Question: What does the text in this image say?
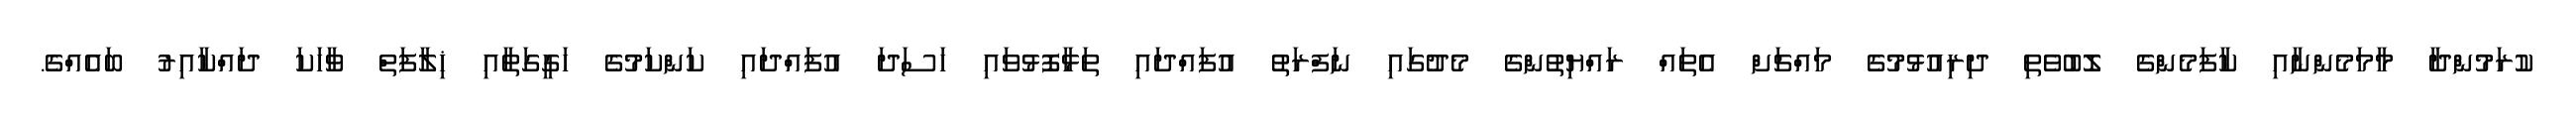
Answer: ކުރަމުންދާ މާމަމެންނާއި ކާފަމެންގެ ލޮބުވެތި ދިރިއުޅުމުގެ މައްޗަށް އެތައް ރައްޔިތުންގެ މެދުގައި ނަފްރަތު އުފައްދައި ތަޅާފޮޅުވައި ހަސަދަ އުފައްދައި ކަންކަމުގެ ހަގީގަތާއި ޚިލާފަތް ވާހަކަ ދައްކާއިރު ބައެއްގެ.